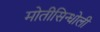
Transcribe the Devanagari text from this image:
मोतीसिन्धोली